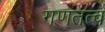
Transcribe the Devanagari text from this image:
गणतत्व